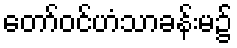
တော်ဝင်ဟံသာခန်းမ၌